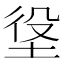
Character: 垼